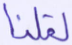
لقلنا